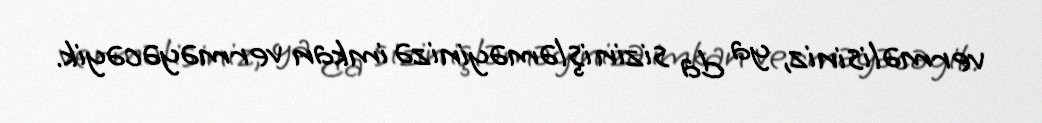
verməlisiniz, ya da sizin işləməyinizə imkan verməyəcəyik.